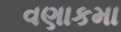
વણાકમા